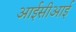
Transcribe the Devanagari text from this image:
आईसीआई